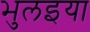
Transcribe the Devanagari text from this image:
भुलइया